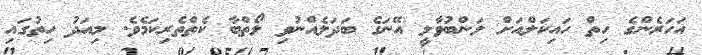
އަހަރެންގެ ހިތް ހައިކަލްއަށް ލަންބުވާލީ އޭނަގެ ބަދަލެއްނުވި ލޯތްބާ ކެތްތެރިކަމެވެ. މިއަދު ހިތުގައި